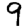
Digit: 9